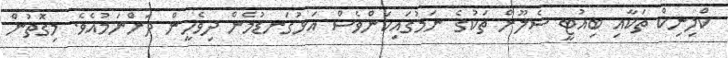
ކްލިނިކް ތަކާއި ބިއުޓީ ސެލޫން ތަކުގެ ނަމުގައިކަންވެސް އަޅުގަނޑުމެން ދިވެހީން ދަންނަމުއެވެ. މިގޮތުން